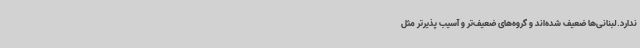
ندارد.لبنانی‌ها ضعیف شده‌اند و گروه‌های ضعیف‌تر و آسیب پذیرتر مثل